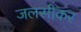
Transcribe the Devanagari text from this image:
जलसीकर